Civil Veterinary Department Bihar & Orissa reports 1929-36 - 1929-1936
Year: 1929
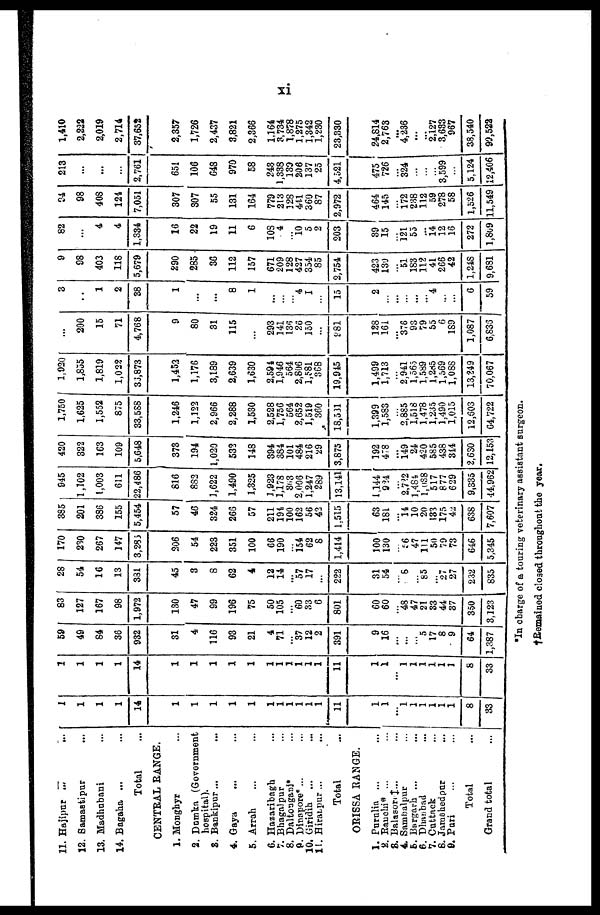
xi
11. Hajipur ... ...
12. Samastipur ...
13. Madhubani ...
14. Bagaha ... ...
Total ...
CENTRAL RANGE.
1. Monghyr ...
2. Dumka (Government
3. Bankipur ... ...
4. Gaya ... ...
5. Arrah ... ...
6. Hazaribagh ...
7. Bhagalpur ...
8. Daltonganj* ...
9. Dinapore* ... ...
10. Giridih ... ...
11. Hiratpur ... ...
Total
ORISSA RANGE.
1. Purulia ... ...
2. Ranchi* ... ...
3. Balasor ‡ ... ...
4. Sambalpur ...
5. Bargarh ... ...
6. Dhanbad ...
7. Cuttack ...
8. Jamshedpur ...
9. Pari
Total ...
Grand total ...
1
1
1
1
14
1
1
1
1
1
1
1
1
1
1
1
11
1
1
...
1
1
1
1
1
1
8
33
1
1
1
1
14
1
1
1
1
1
1
1
1
1
1
1
11
1
1
...
1
1
1
1
1
1
8
33
59
49
84
36
932
31
4
116
93
21
4
71
...
37
12
2
391
9
16
...
...
...
5
17
8
9
64
1,387
83
127
167
98
1,972
130
47
99
196
75
50
105
...
60
33
6
801
60
60
...
48
47
21
33
44
37
350
3,123
28
54
16
13
381
45
3
8
62
4
12
14
...
57
17
...
222
31
54
...
5
...
85
27
27
232
835
170
230
267
147
3,285
206
54
223
351
100
66
190
...
154
62
8
1,414
100
130
...
56
47
111
50
79
73
646
5,345
385
201
386
155
5,454
57
46
324
266
57
211
194
100
162
56
42
1,515
63
181
...
14
10
20
133
175
42
638
7,607
945
1,102
1,003
611
22,486
816
882
1,622
1,490
1,325
1,923
1,178
363
2,006
1,247
289
13,141
1,144
934
...
2,782
1,481
1,038
517
877
629
9,335
44,962
420
322
163
109
5,648
373
194
1,020
532
148
394
384
101
484
216
29
3,875
192
478
...
149
24
420
585
438
344
2,630
12,153
1,750
1,625
1,552
875
33,588
1.246
1,122
2,966
2,288
1,530
2,528
1,756
564
2,652
1,519
360
18,531
1,399
1,583
...
2,885
1,518
1,478
1,235
1.490
1,015
12,603
64,722
1,920
1,855
1,819
1,022
36,873
1,452
1,176
3,189
2,639
1,630
2,594
1,946
564
2,806
1,581
368
19,945
1,499
1,713
...
2,941
1,565
1,589
1,285
1,569
1,088
13,249
70,067
...
200
15
71
4,768
9
80
31
115
...
293
141
136
26
150
...
981
128
161
...
376
93
79
55
6
189
1,087
6,836
3
1
2
38
1
...
...
8
1
...
...
...
4
I
...
15
2
...
...
...
...
...
4
...
...
6
59
9
98
403
118
5,679
290
285
36
112
157
671
209
128
427
354
85
2,754
423
130
...
51
183
112
41
266
42
1,248
9,681
82
...
4
4
1,334
16
22
19
11
6
108
4
...
10 5
2
203
39
15
...
121
55
...
14
12
16
272
1,809
94
98
408
124
7,051
307
307
55
131
164
779
213
128
441
369
87
2,972
464
145
...
172
238
112
59
278
58
1,526
11,549
213
...
...
...
2,761
651
106
648
970
58
243
1,338
139
206
137
25
4,521
475
726
...
324
...
...
...
3,599
...
5,124
12,406
1,410
2,222
2,019
2,714
37,652
2,357
1,726
2,437
3,821
2,366
1,164
3,734
1,878
1,275
1,342
1,230
23,330
24,814
2,763
...
4,236
...
...
2,127
3,633
967
33,540
99,522
*In charge of a touring veterinary assistant surgeon.
† Remained closed throughout the year.